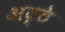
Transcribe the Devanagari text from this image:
अट्ठे